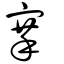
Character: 搴